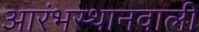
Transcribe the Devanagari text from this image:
आरंभस्थानवाली